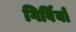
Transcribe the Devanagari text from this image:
गिर्वियों